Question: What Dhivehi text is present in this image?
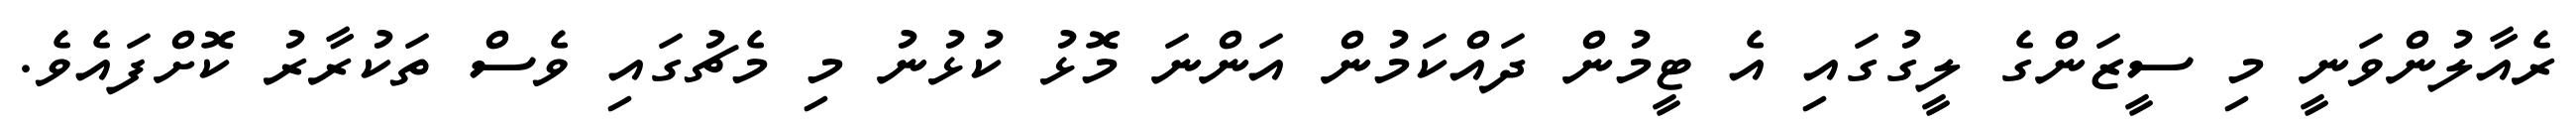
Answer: ރެއާލުންވަނީ މި ސީޒަންގެ ލީގުގައި އެ ޓީމުން ދައްކަމުން އަންނަ މޮޅު ކުޅުނު މި މެޗުގައި ވެސް ތަކުރާރު ކޮށްފައެވެ.